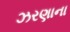
ઝરણાના